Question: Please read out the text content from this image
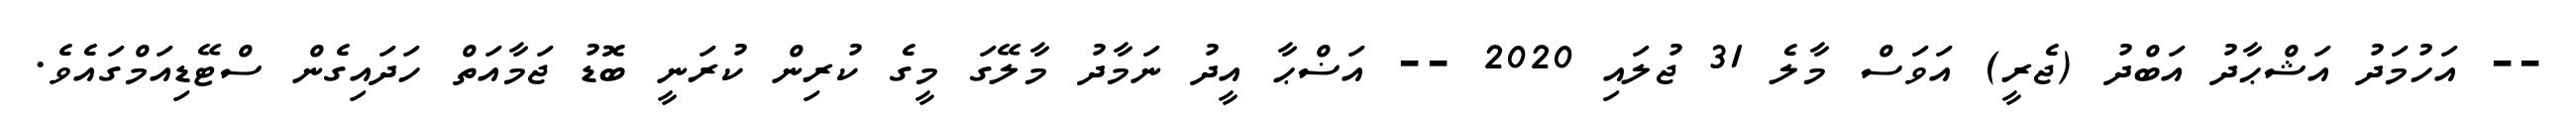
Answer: -- އަހުމަދު އަޝްޙާދު އަބްދު (ޖެރީ) އަވަސް މާލެ 31 ޖުލައި 2020 -- އަޟްޙާ އީދު ނަމާދު މާލޭގަ މީގެ ކުރިން ކުރަނީ ބޮޑު ޖަމާއަތް ހަދައިގެން ސްޓޭޑިއަމްގައެވެ.